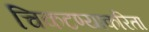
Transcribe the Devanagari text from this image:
चिकटण्याकरिता